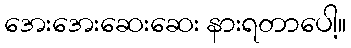
အေးအေးဆေးဆေး နားရတာပေါ့။